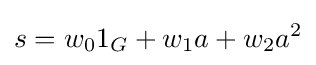
s=w_{0}1_{G}+w_{1}a+w_{2}a^{2}